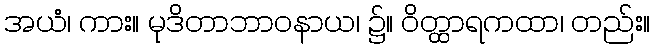
အယံ၊ ကား။ မုဒိတာဘာဝနာယ၊ ၌။ ဝိတ္ထာရကထာ၊ တည်း။